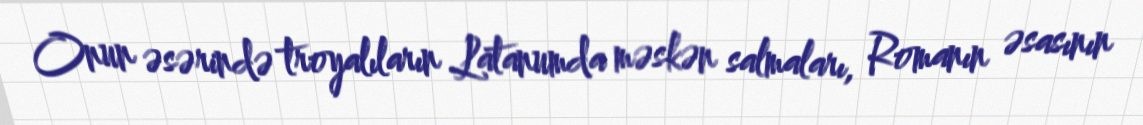
Onun əsərində troyalıların Latanumda məskən salmaları, Romanın əsasının